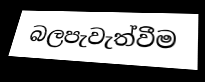
බලපැවැත්වීම